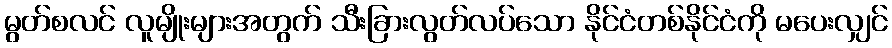
မွတ်စလင် လူမျိုးများအတွက် သီးခြားလွတ်လပ်သော နိုင်ငံတစ်နိုင်ငံကို မပေးလျှင်